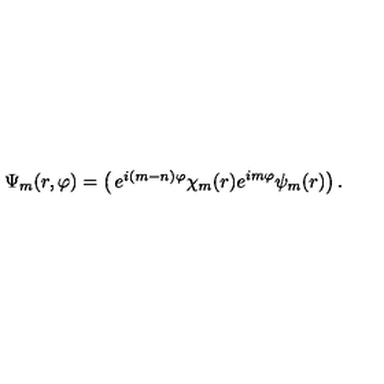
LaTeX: \Psi _ { m } ( r , \varphi ) = \left( \begin{matrix} { e ^ { i ( m - n ) \varphi } \chi _ { m } ( r ) } \\ { e ^ { i m \varphi } \psi _ { m } ( r ) } \\ \end{matrix} \right) .